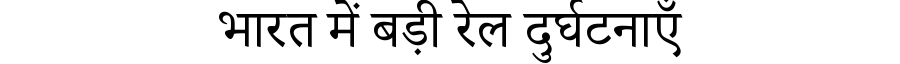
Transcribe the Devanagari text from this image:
भारत में बड़ी रेल दुर्घटनाएँ